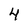
Character: 4